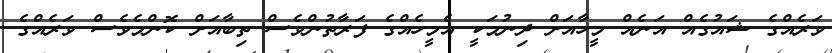
ވަރެއްގެ ޝައުގެއް އަނެއް މީހާއަށް ދިނުމަކީ އެމީހެއްގެ ފަރާތުންވެސް ތިބާއަށް ކޮންމެވެސް ވަރެއްގެ